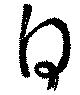
自